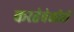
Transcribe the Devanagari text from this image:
करतेवेळीही